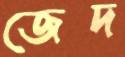
জেদ